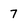
Character: 7